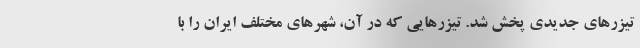
تیزرهای جدیدی پخش شد. تیزرهایی که در آن، شهرهای مختلف ایران را با